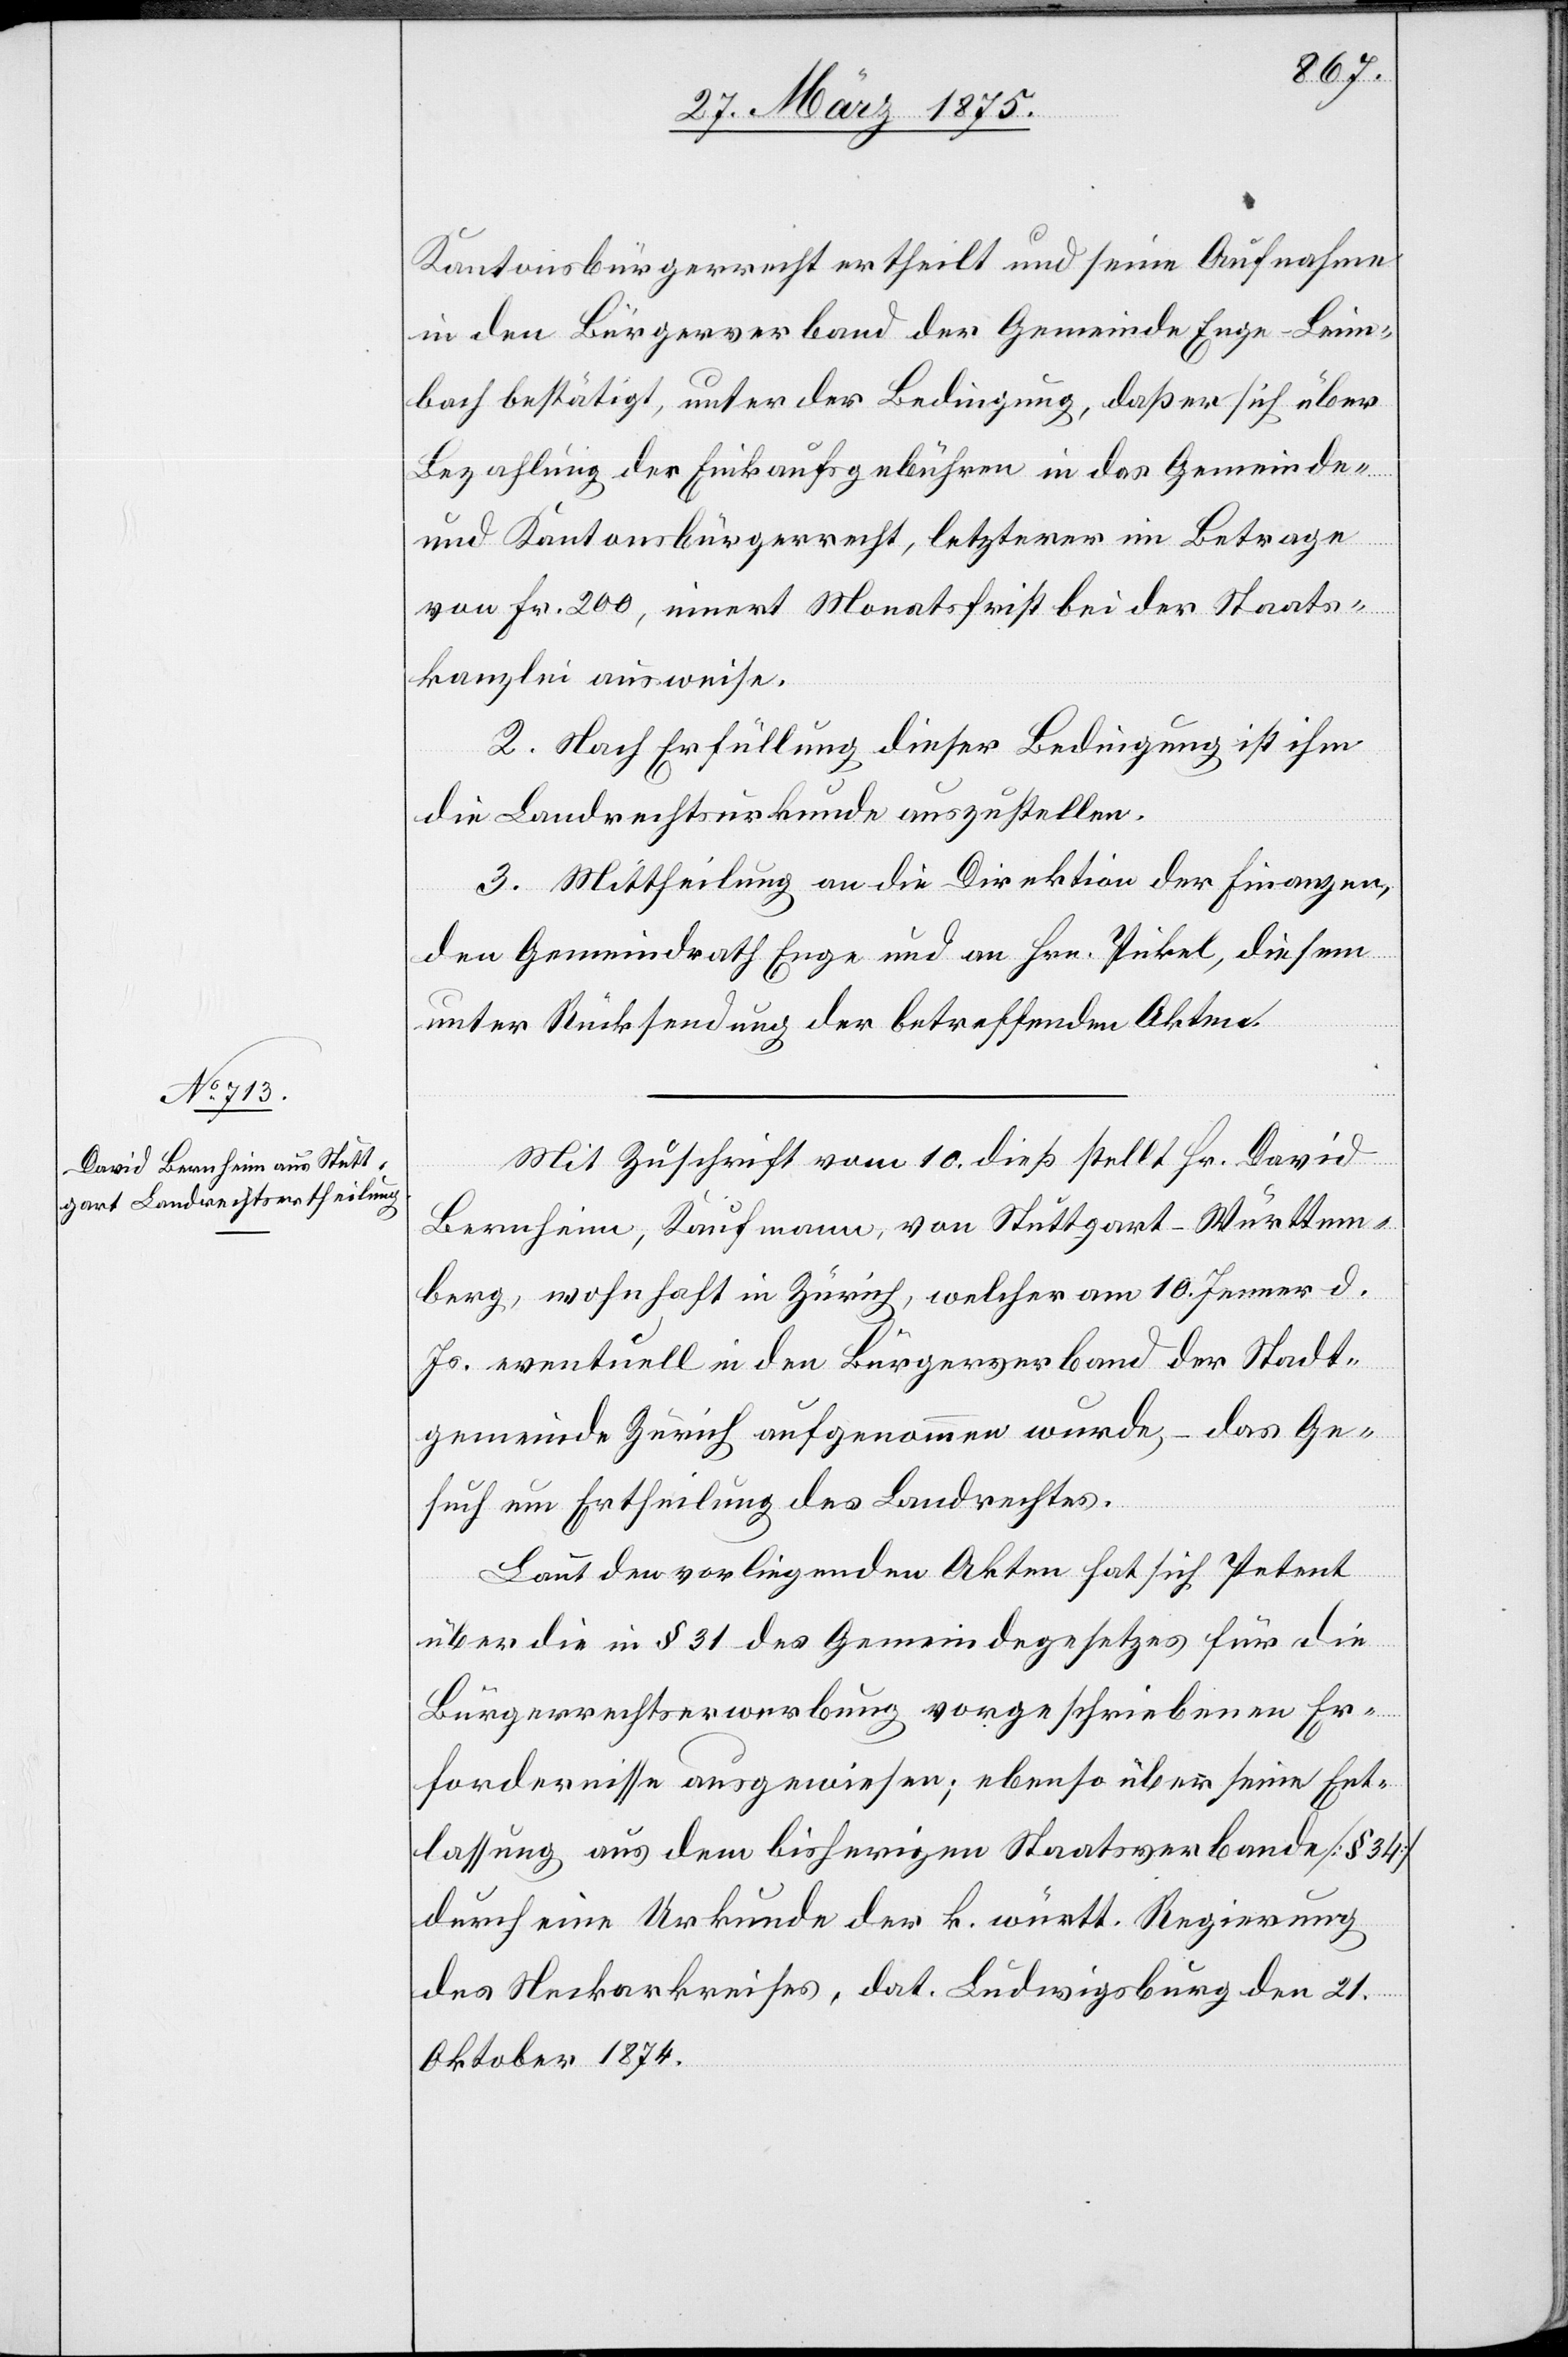
Kantonsbürgerrecht ertheilt und seine Aufnahme
in den Bürgerverband der Gemeinde Enge-Leim¬
bach bestätigt, unter der Bedingung, daß er sich über
Bezahlung der Einkaufsgebühren in das Gemeinde-
und Kantonsbürgerrecht, letzterer im Betrage
von Fr. 200, innert Monatsfrist bei der Staats¬
kanzlei ausweise.
2. Nach Erfüllung dieser Bedingung ist ihm
die Landrechtsurkunde auszustellen.
3. Mittheilung an die Direktion der Finanzen,
den Gemeindrath Enge und an Hrn. Pickel, diesem
unter Rücksendung der betreffenden Akten.